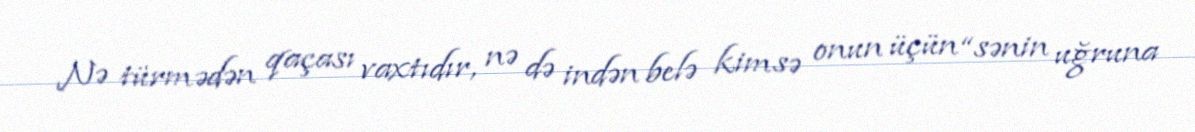
Nə türmədən qaçası vaxtıdır, nə də indən belə kimsə onun üçün “sənin uğruna